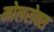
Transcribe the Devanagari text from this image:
मोलरोक्स